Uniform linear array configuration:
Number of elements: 4
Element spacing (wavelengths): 0.25
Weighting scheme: blackman
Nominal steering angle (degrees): -15
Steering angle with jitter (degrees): -13.351
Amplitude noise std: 0.05
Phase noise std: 0.05

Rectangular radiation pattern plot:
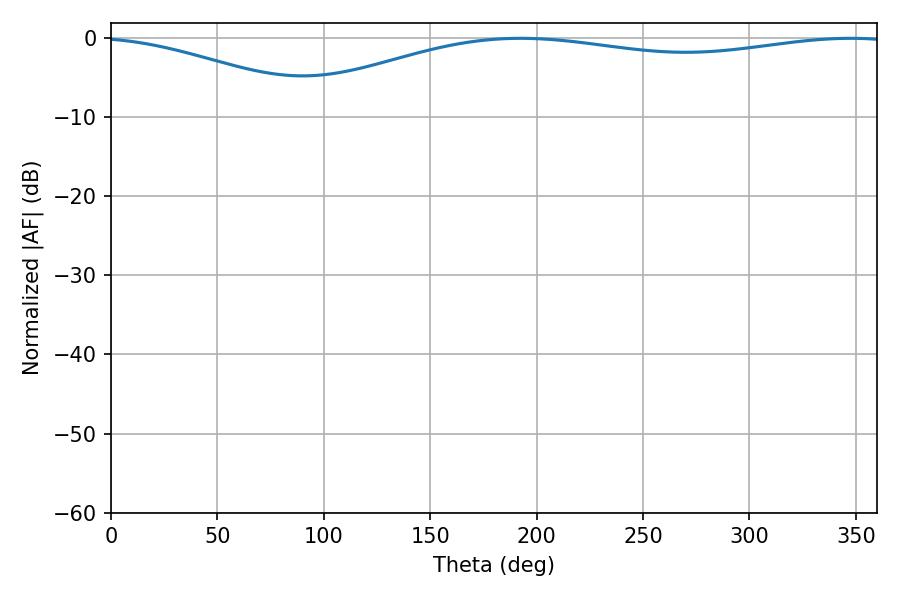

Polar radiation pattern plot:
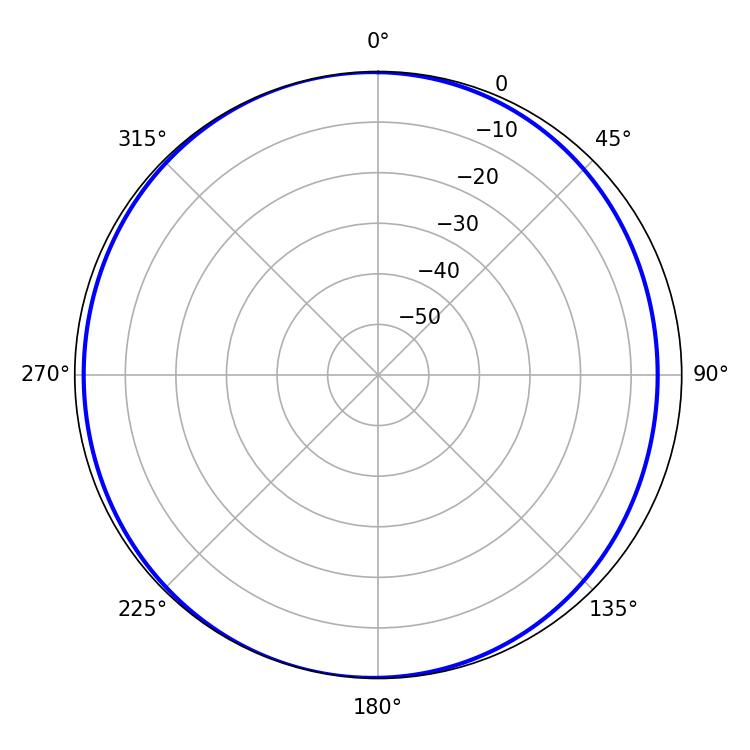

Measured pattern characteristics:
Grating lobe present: FALSE
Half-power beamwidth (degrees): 231.66
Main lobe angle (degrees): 192.42